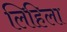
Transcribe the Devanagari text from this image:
लिहिला